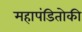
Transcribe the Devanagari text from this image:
महापंडितोकी